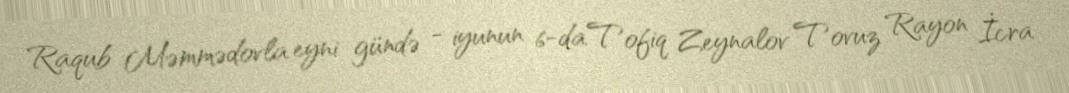
Raqub Məmmədovla eyni gündə - iyunun 6-da Tofiq Zeynalov Tovuz Rayon İcra